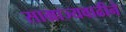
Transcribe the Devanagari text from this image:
साम्राज्यवाढीने